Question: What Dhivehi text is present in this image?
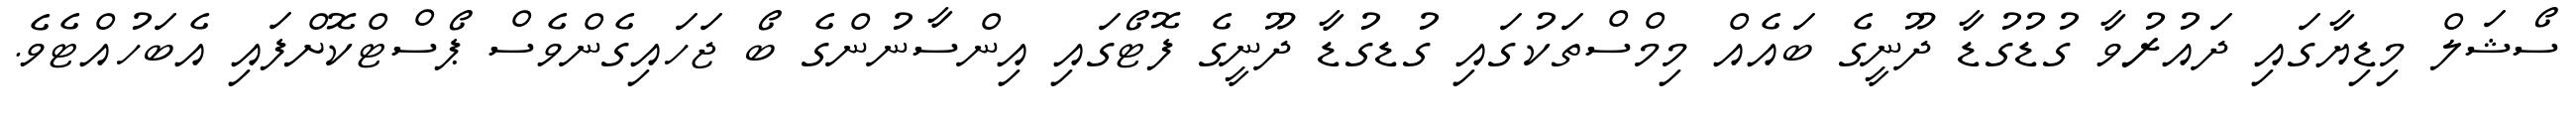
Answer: ސޯޝަލް މިޑިޔާގައި ދައުރުވާ ގުޑުގުޑާ ދޫނީގެ ބައެއް މިމްސްތަކުގައި ގުޑގުޑާ ދޫނީގެ ފޮޓޯގައި އިންސާނުންގެ ބޯ ޖަހައިގެންވެސް ޕޯސްޓްކޮށްފައި އެބަހުއްޓެވެ.